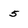
Character: 5